Leaving Certificate Examination (including Day School Certificate (Higher) General paper), 1934
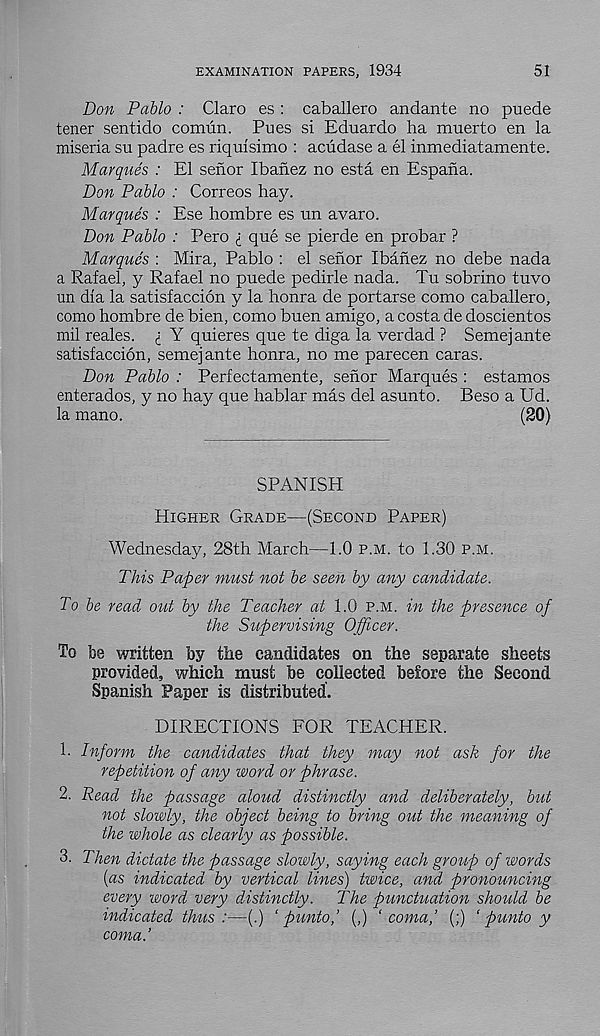
EXAMINATION PAPERS, 1934
51
Don Pablo : Claro es : caballero andante no puede
tener sentido comun. Pues si Eduardo ha muerto en la
miseria su padre es riquisimo : acudase a el inmediatamente.
Marques : El sen or Ibanez no esta en Espana.
Don Pablo : Correos hay.
Marques : Ese hombre es un avaro.
Don Pablo : Pero £ que se pierde en probar ?
Marques : Mira, Pablo : el sefior Ibanez no debe nada
a Rafael, y Rafael no puede pedirle nada. Tu sobrino tuvo
un dia la satisfaccion y la honra de portarse como caballero,
como hombre de bien, como buen amigo, a costa de doscientos
mil reales, i Y quieres que te diga la verdad ? Semejante
satisfaccion, semejante honra, no me parecen caras.
Don Pablo : Perfectamente, sehor Marques : estamos
enterados, y no hay que hablar mas del asunto. Beso a Ud.
la mano.
(20)
SPANISH
Higher Grade—(Second Paper)
Wednesday, 28th March—1.0 p.m. to 1.30 p.m.
This Paper must not be seen by any candidate.
To be read out by the Teacher at 1.0 p.m. in the presence of
the Supervising Officer.
To be written by the candidates on the separate sheets
provided, which must be collected before the Second
Spanish Paper is distributed.
DIRECTIONS FOR TEACHER.
1. Inform the candidates that they may not ask for the
repetition of any word or phrase.
2. Read the passage aloud distinctly and deliberately, but
not slowly, the object being to bring out the meaning of
the whole as clearly as possible.
3. Then dictate the passage slowly, saying each group of words
[as indicated by vertical lines) twice, and pronouncing
every word very distinctly.
The punctuation should be
indicated thus:—(.) ‘ punto,’ (,) ‘coma,’ (;) ‘ punto y
coma.’